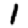
Digit: 1